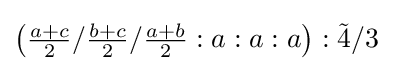
\left({\tfrac {a+c}{2}}/{\tfrac {b+c}{2}}/{\tfrac {a+b}{2}}:a:a:a\right):{\tilde {4}}/3